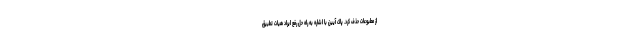
از مطبوعات حذف کرد. پاک آیین با اشاره به راه حل رفع ایراد هیات تطبیق